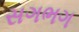
સગભગ